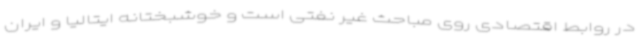
در روابط اقتصادی روی مباحث غیر نفتی است و خوشبختانه ایتالیا و ایران